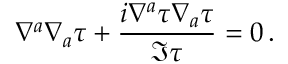
\nabla ^ { a } \nabla _ { a } \tau + \frac { i \nabla ^ { a } \tau \nabla _ { a } \tau } { \Im \tau } = 0 \, .